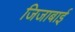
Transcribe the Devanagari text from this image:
जिजाबाईं